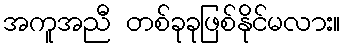
အကူအညီ တစ်ခုခုဖြစ်နိုင်မလား။